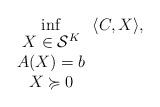
LaTeX: \begin{align*} \mathop{\inf}_{\begin{array}{c}X \in \mathcal S^K\\A(X) = b \\X \succcurlyeq 0\\\end{array}} \langle C,X\rangle,\end{align*}